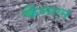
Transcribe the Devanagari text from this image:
कैनएम